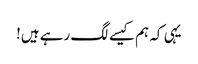
یہی کہ ہم کیسے لگ رہے ہیں!